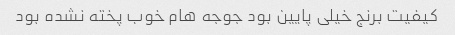
کیفیت برنج خیلی پایین بود جوجه هام خوب پخته نشده بود